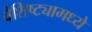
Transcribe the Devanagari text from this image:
वैशिष्ट्यामध्ये